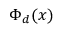
\Phi _ { d } ( x )